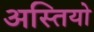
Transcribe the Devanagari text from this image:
अस्तियो